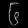
Digit: ၆